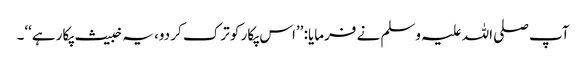
آپ صلی اللہ علیہ وسلم نے فرمایا: ’’اس پکار کو ترک کر دو، یہ خبیث پکار ہے‘‘۔